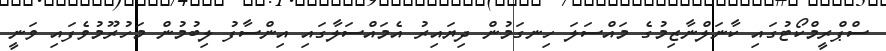
ސްޕްރީމްކޯޓުގައި ކާނަލްނާޒިމުގެ މައްސަލަ ހިނގަމުން ދިޔައިރު އެމައްސަލާގައި އިންސާފު ލިބުމުން މަހުރޫމުވެފައި ވަނީ